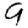
Digit: 9